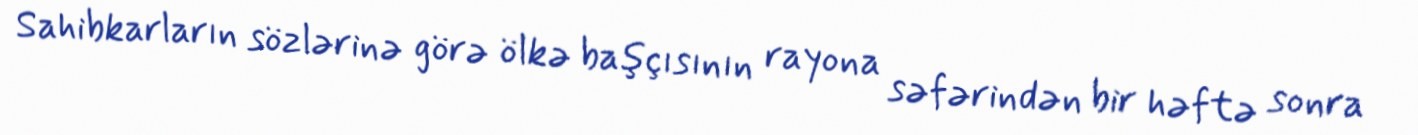
Sahibkarların sözlərinə görə ölkə başçısının rayona səfərindən bir həftə sonra